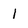
Character: 1